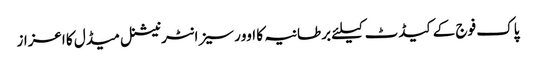
پاک فوج کے کیڈٹ کیلئے برطانیہ کا اوورسیز انٹرنیشنل میڈل کا اعزاز